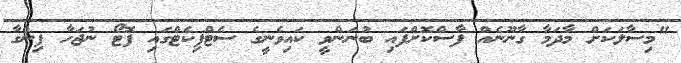
"މިސާލަކަށް މާދަމާ ގާނޫނެއް ފާސްކޮށްފައި ބުނަންވީ ކައިވެނީގެ ސެޓްފިކެޓްގައި ފޮޓޯ ނުޖަހާ ފިންގާ